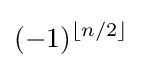
(-1)^{\lfloor n/2\rfloor }